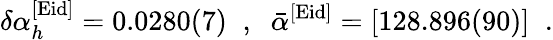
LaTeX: \delta\alpha_{h}^{[\mathrm{Eid}]}=0.0280(7)\; \; ,\; \; \bar{\alpha}^{[\mathrm{Eid}]}=[128.896(90)]\; \; .